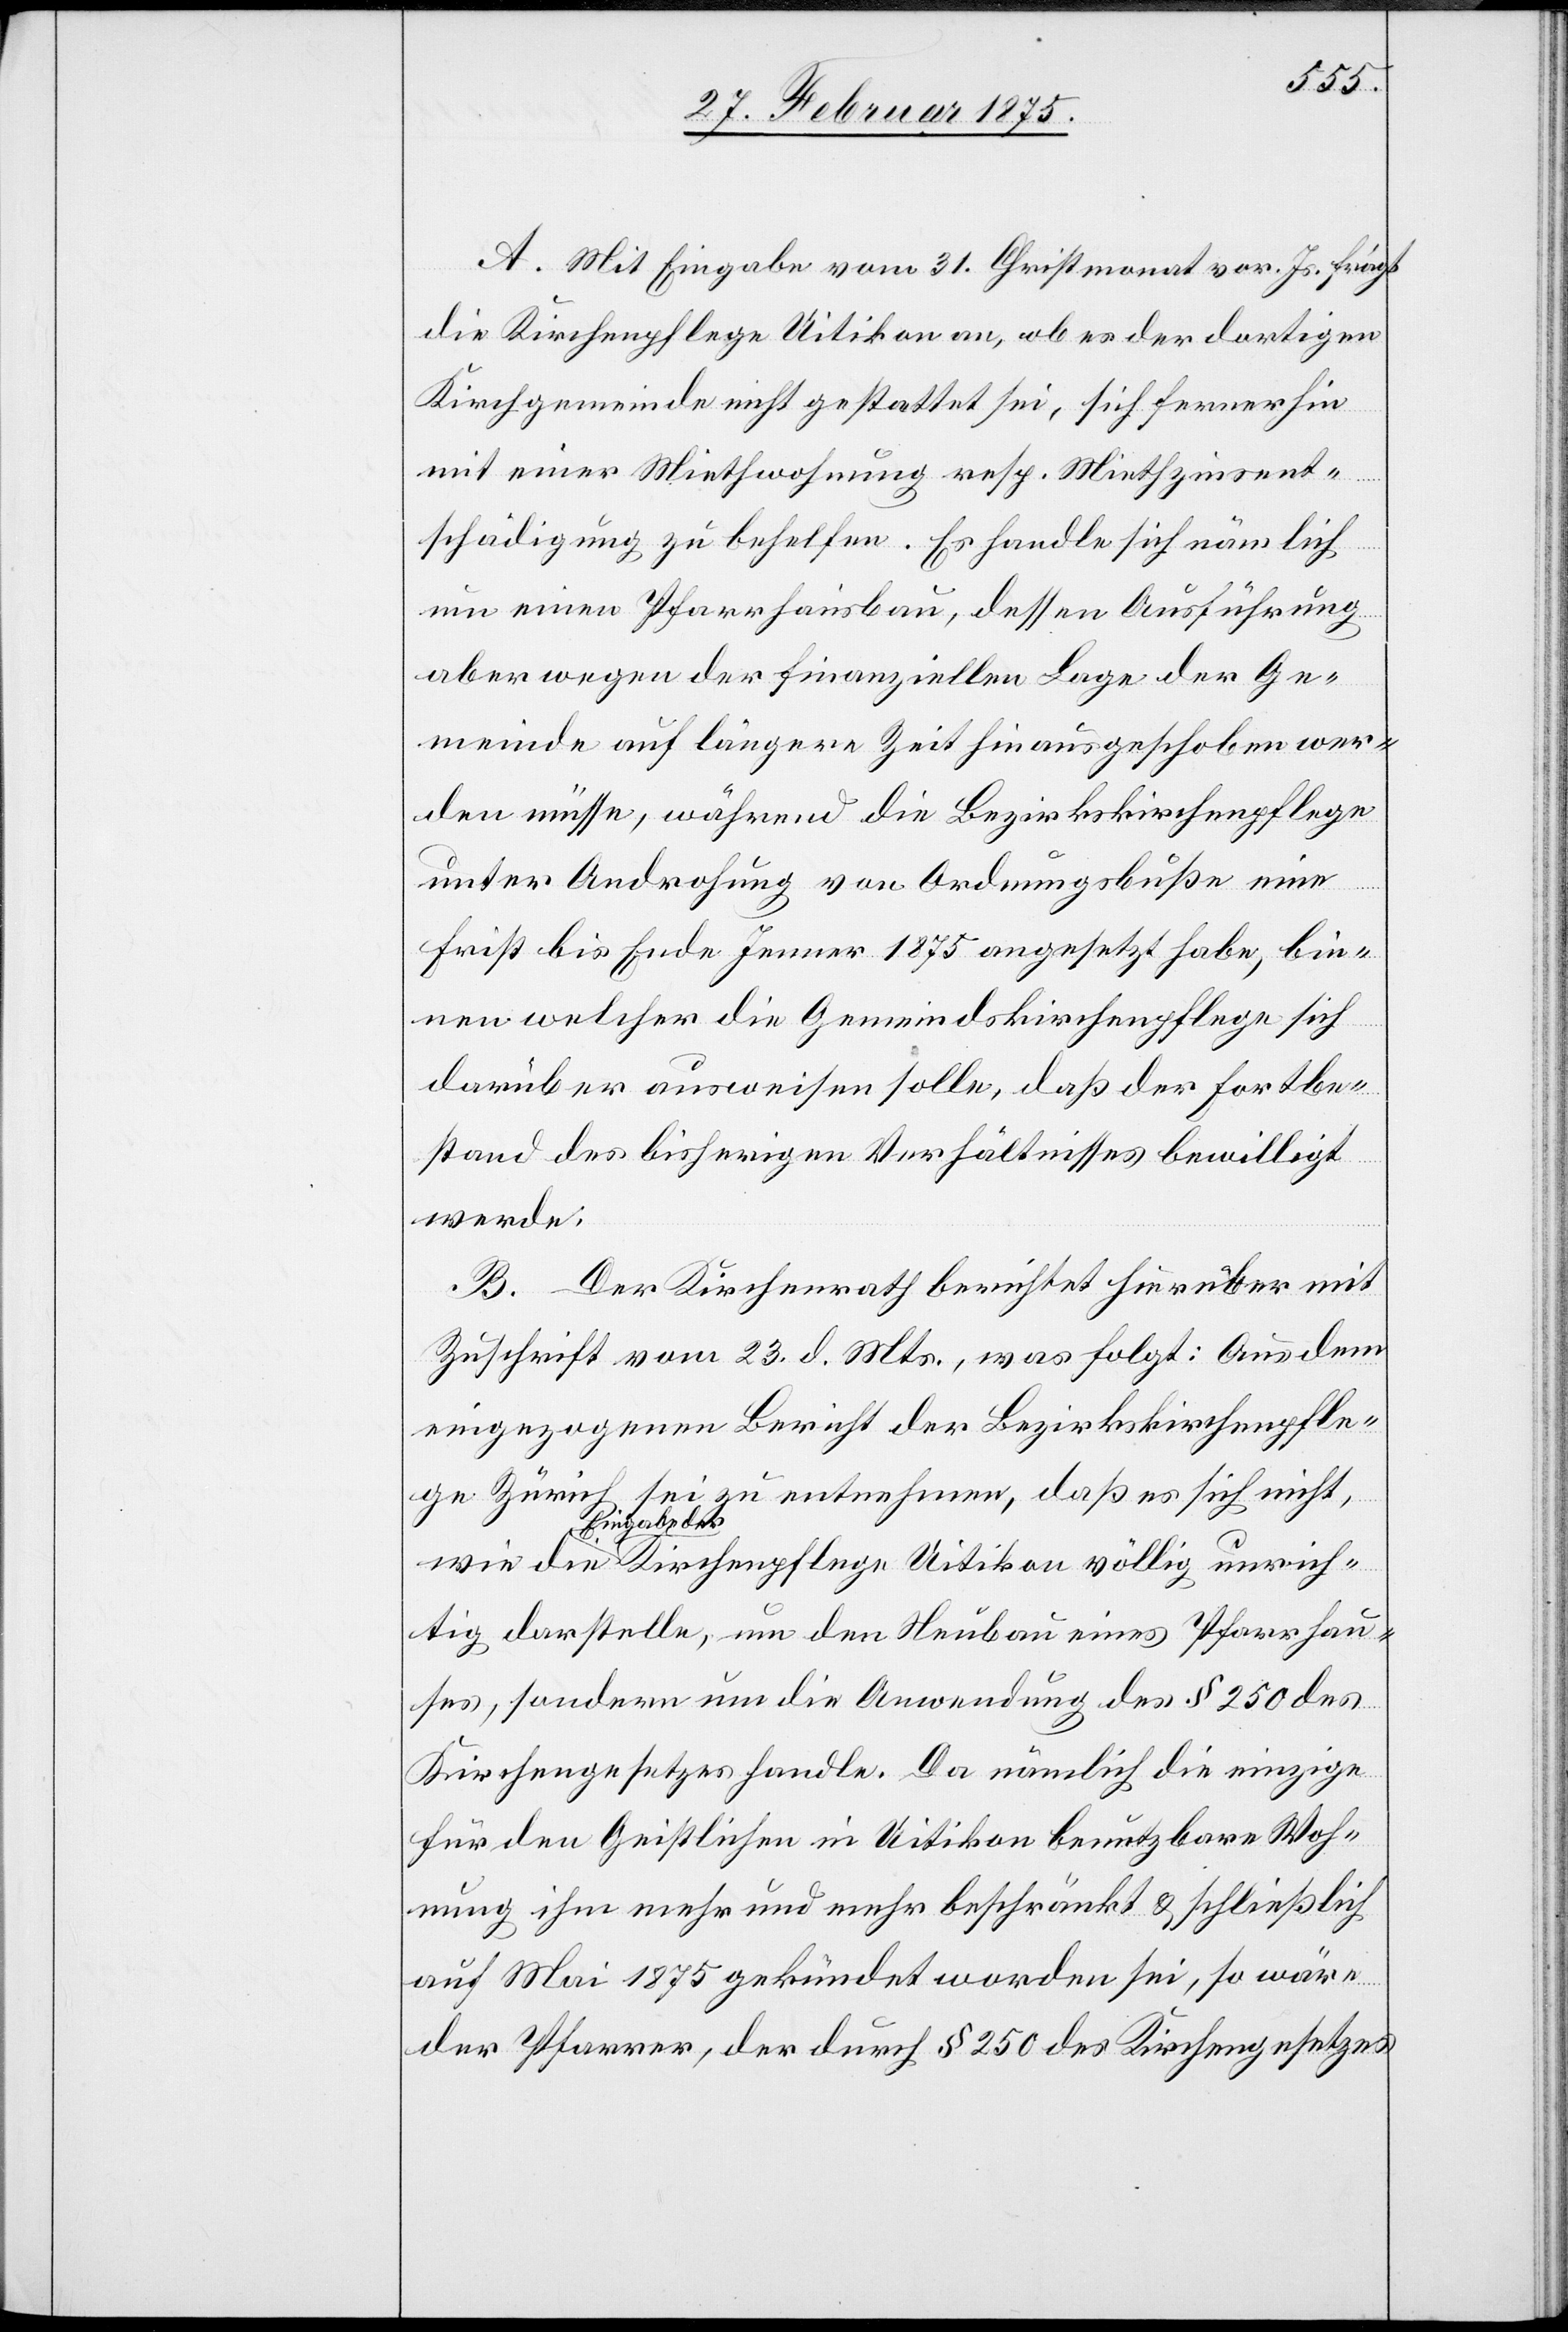
A. Mit Eingabe vom 31. Christmonat vor. Js. frägt
die Kirchenpflege Uitikon an, ob es der dortigen
Kirchgemeinde nicht gestattet sei, sich fernerhin
mit einer Miethwohnung resp. Miethzinsent¬
schädigung zu behelfen. Es handle sich nämlich
um einen Pfarrhausbau, dessen Ausführung
aber wegen der finanziellen Lage der Ge¬
meinde auf längere Zeit hinausgeschoben wer¬
den müsse, während die Bezirkskirchenpflege
unter Androhung von Ordnungsbuße eine
ich¬
Frist bis Ende Jenner 1875 angesetzt habe, bin¬
nen welcher die Gemeindskirchenpflege sich
darüber ausweisen solle, daß der Fortbe¬
stand des bisherigen Verhältnisses bewilligt
werde.
B. Der Kirchenrath berichtet hierüber mit
Zuschrift vom 23. d. Mts., was folgt: Aus dem
eingezogenen Bericht der Bezirkskirchenpfle¬
ge Zürich sei zu entnehmen, daß es sich nicht
a-Eingabe der-a
tig darstelle, um den Neubau eines Pfarrhau¬
ses, sondern um die Anwendung des § 250 des
Kirchengesetzes handle. Da nämlich die einzige
für den Geistlichen in Uitikon benutzbare Woh¬
nung ihn mehr und mehr beschränkt u. schließlich
auf Mai 1875 gekündet worden sei, so wäre
der Pfarrer, der durch § 250 des Kirchengesetzes